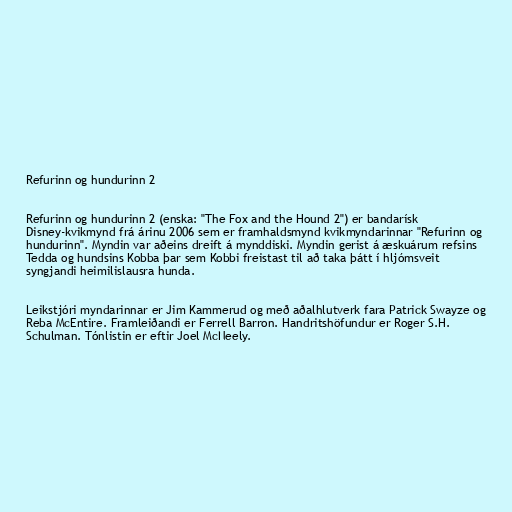
Refurinn og hundurinn 2

Refurinn og hundurinn 2 (enska: "The Fox and the Hound 2") er bandarísk
Disney-kvikmynd frá árinu 2006 sem er framhaldsmynd kvikmyndarinnar "Refurinn og
hundurinn". Myndin var aðeins dreift á mynddiski. Myndin gerist á æskuárum refsins
Tedda og hundsins Kobba þar sem Kobbi freistast til að taka þátt í hljómsveit
syngjandi heimilislausra hunda.

Leikstjóri myndarinnar er Jim Kammerud og með aðalhlutverk fara Patrick Swayze og
Reba McEntire. Framleiðandi er Ferrell Barron. Handritshöfundur er Roger S.H.
Schulman. Tónlistin er eftir Joel McNeely.